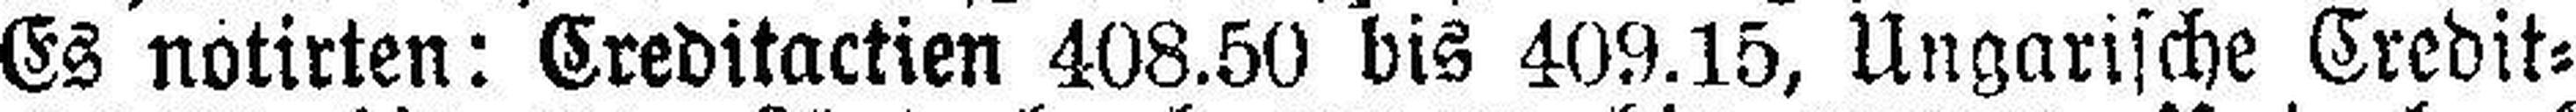
Es notirten: Creditactien 408.50 bis 409.15, Ungarische Credit¬